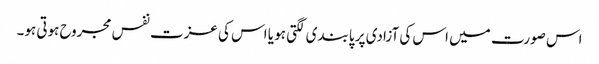
اس صورت میں اس کی آزادی پر پابندی لگتی ہو یا اس کی عزت نفس مجروح ہوتی ہو۔